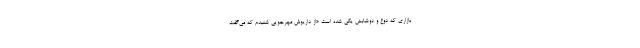
بازاری که دوغ و دوشابش یکی شده است «از داریوش مهرجویی شنیدم که می‌گفت